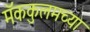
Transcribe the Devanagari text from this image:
मॅककुलमच्या